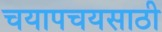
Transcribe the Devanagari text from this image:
चयापचयसाठी